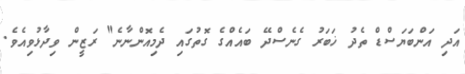
އަދި އަންބަޔަސްޑް ތެދު ޚަބަރު ގެނެސްދޭ ބައެއްގެ ގޮތުގައި ދެމިއޮންނާނެ" ރަޒީން ވިދާޅުވިއެވެ.